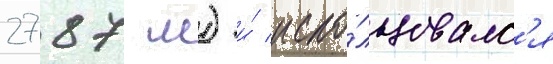
2787 м) и́ испо́льзовалс'я